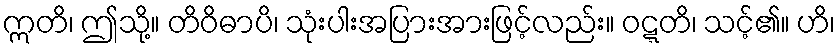
ဣတိ၊ ဤသို့။ တိဝိဓာပိ၊ သုံးပါးအပြားအားဖြင့်လည်း။ ဝဋ္ဋတိ၊ သင့်၏။ ဟိ၊